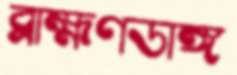
ব্রাহ্মণডাঙ্গ